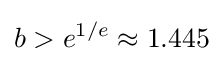
b>e^{1/e}\approx 1.445